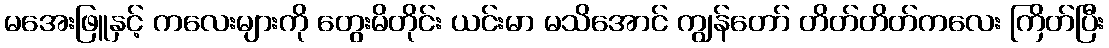
မအေးဖြူနှင့် ကလေးများကို တွေးမိတိုင်း ယင်းမာ မသိအောင် ကျွန်တော် တိတ်တိတ်ကလေး ကြိတ်ပြီး